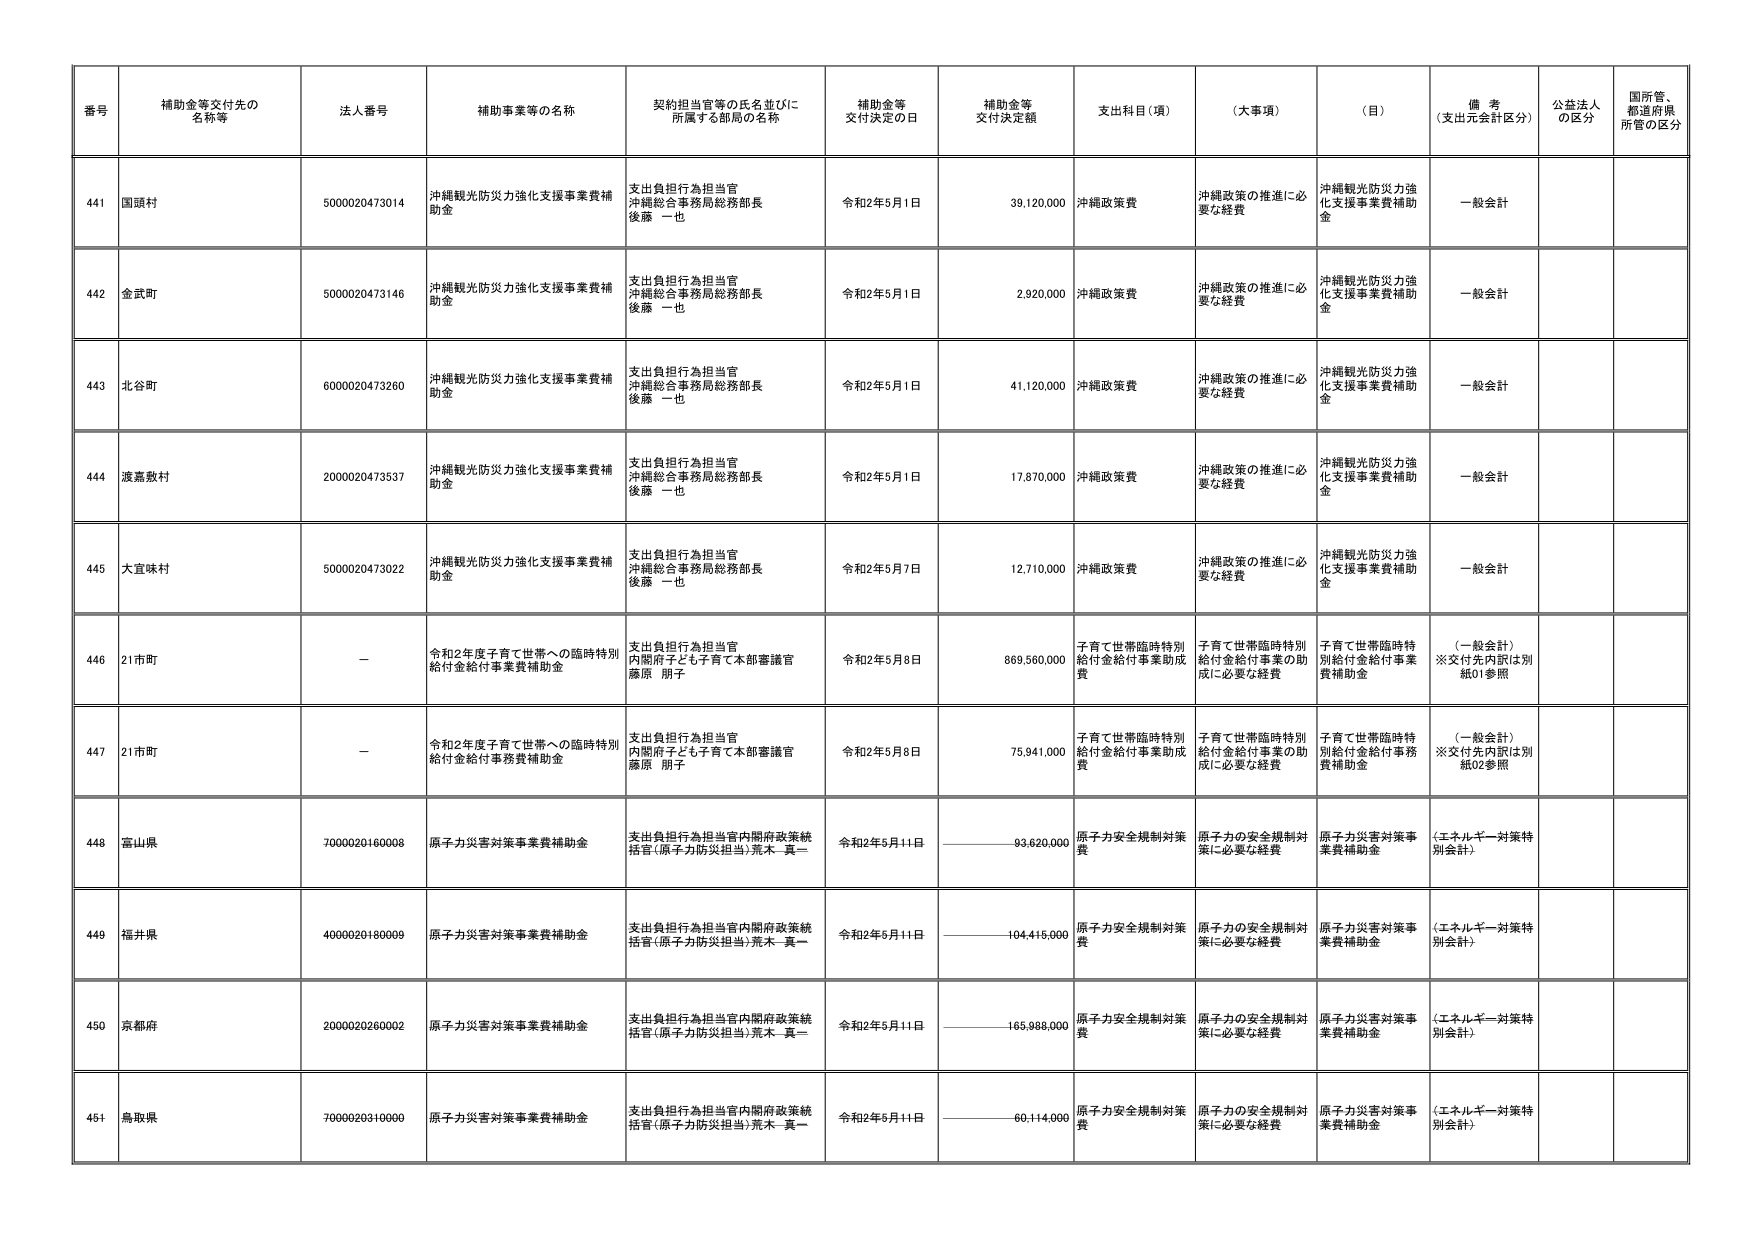
番号 補助金等交付先の名称等 法人番号 補助事業等の名称 契約担当官等の氏名並びに所属する部局の名称 補助金等交付決定の日 補助金等交付決定額 支出科目（項） （大事項） （目） 備考（支出元会計区分） 公益法人の区分 国所管、都道府県所管の区分

441 国頭村 5000020473014 沖縄観光防災力強化支援事業費補助金 支出負担行為担当官 沖縄総合事務局総務部長 後藤 一也 令和2年5月1日 39,120,000 沖縄政策費 沖縄政策の推進に必要な経費 沖縄観光防災力強化支援事業費補助金 一般会計

442 金武町 5000020473146 沖縄観光防災力強化支援事業費補助金 支出負担行為担当官 沖縄総合事務局総務部長 後藤 一也 令和2年5月1日 2,920,000 沖縄政策費 沖縄政策の推進に必要な経費 沖縄観光防災力強化支援事業費補助金 一般会計

443 北谷町 6000020473260 沖縄観光防災力強化支援事業費補助金 支出負担行為担当官 沖縄総合事務局総務部長 後藤 一也 令和2年5月1日 41,120,000 沖縄政策費 沖縄政策の推進に必要な経費 沖縄観光防災力強化支援事業費補助金 一般会計

444 渡嘉敷村 2000020473537 沖縄観光防災力強化支援事業費補助金 支出負担行為担当官 沖縄総合事務局総務部長 後藤 一也 令和2年5月1日 17,870,000 沖縄政策費 沖縄政策の推進に必要な経費 沖縄観光防災力強化支援事業費補助金 一般会計

445 大宜味村 5000020473022 沖縄観光防災力強化支援事業費補助金 支出負担行為担当官 沖縄総合事務局総務部長 後藤 一也 令和2年5月7日 12,710,000 沖縄政策費 沖縄政策の推進に必要な経費 沖縄観光防災力強化支援事業費補助金 一般会計

446 21市町 — 令和2年度子育て世帯への臨時特別給付金給付事業費補助金 支出負担行為担当官 内閣府子ども子育て本部審議官 藤原 朋子 令和2年5月8日 869,560,000 子育て世帯臨時特別給付金給付事業助成費 子育て世帯臨時特別給付金給付事業の助成に必要な経費 子育て世帯臨時特別給付金給付事業費補助金 （一般会計） ※交付先内訳は別紙01参照

447 21市町 — 令和2年度子育て世帯への臨時特別給付金給付事業費補助金 支出負担行為担当官 内閣府子ども子育て本部審議官 藤原 朋子 令和2年5月8日 75,941,000 子育て世帯臨時特別給付金給付事業助成費 子育て世帯臨時特別給付金給付事業の助成に必要な経費 子育て世帯臨時特別給付金給付事業費補助金 （一般会計） ※交付先内訳は別紙02参照

448 富山県 7000020160008 原子力災害対策事業費補助金 支出負担行為担当官内閣府政策統括官（原子力防災担当）荒木 真一 令和2年5月11日 93,620,000 原子力安全規制対策費 原子力の安全規制対策に必要な経費 原子力災害対策事業費補助金 （エネルギー対策特別会計）

449 福井県 4000020180009 原子力災害対策事業費補助金 支出負担行為担当官内閣府政策統括官（原子力防災担当）荒木 真一 令和2年5月11日 104,415,000 原子力安全規制対策費 原子力の安全規制対策に必要な経費 原子力災害対策事業費補助金 （エネルギー対策特別会計）

450 京都府 2000020260002 原子力災害対策事業費補助金 支出負担行為担当官内閣府政策統括官（原子力防災担当）荒木 真一 令和2年5月11日 165,988,000 原子力安全規制対策費 原子力の安全規制対策に必要な経費 原子力災害対策事業費補助金 （エネルギー対策特別会計）

451 鳥取県 7000020310000 原子力災害対策事業費補助金 支出負担行為担当官内閣府政策統括官（原子力防災担当）荒木 真一 令和2年5月11日 60,114,000 原子力安全規制対策費 原子力の安全規制対策に必要な経費 原子力災害対策事業費補助金 （エネルギー対策特別会計）